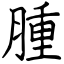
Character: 腫